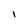
Character: 1